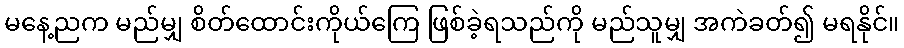
မနေ့ညက မည်မျှ စိတ်ထောင်းကိုယ်ကြေ ဖြစ်ခဲ့ရသည်ကို မည်သူမျှ အကဲခတ်၍ မရနိုင်။